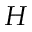
H